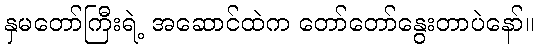
နှမတော်ကြီးရဲ့ အဆောင်ထဲက တော်တော်နွေးတာပဲနော်။